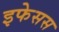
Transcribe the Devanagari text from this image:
इफेसस